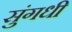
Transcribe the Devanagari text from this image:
सुंगधी